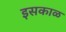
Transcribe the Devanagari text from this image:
इसकाळ